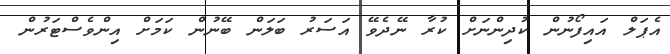
އެޕަލް އައިފޯނުން ކުދިންނަށް ކުރާ ނޭދެވޭ އަސަރު ބަލަން ބޭނުން ކަމަށް އިންވެސްޓަރުން